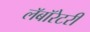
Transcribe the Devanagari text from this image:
लॅबॉरेटरी